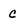
Character: C